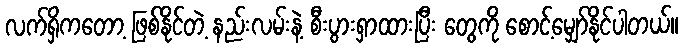
လက်ရှိကတော့ ဖြစ်နိုင်တဲ့ နည်းလမ်းနဲ့ စီးပွားရှာထားပြီး တွေကို စောင့်မျှော်နိုင်ပါတယ်။